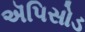
ઍપિસોડ